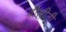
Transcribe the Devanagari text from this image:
वीसीटी